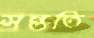
সন্ততি